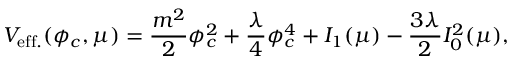
V _ { \mathrm { e f f . } } ( \phi _ { c } , \mu ) = \frac { m ^ { 2 } } { 2 } \phi _ { c } ^ { 2 } + \frac { \lambda } { 4 } \phi _ { c } ^ { 4 } + I _ { 1 } ( \mu ) - \frac { 3 \lambda } { 2 } I _ { 0 } ^ { 2 } ( \mu ) ,